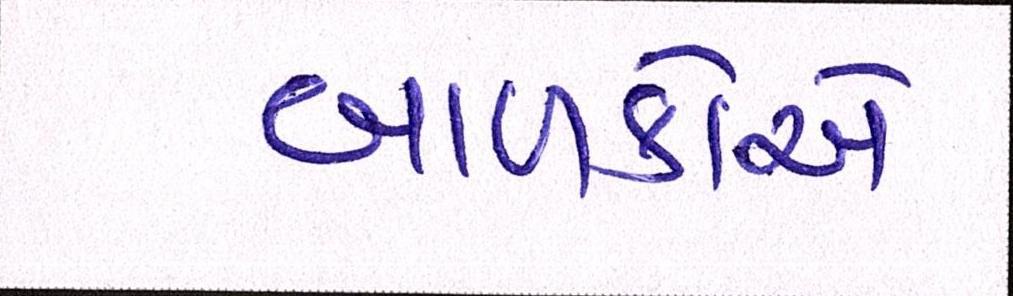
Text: બાળકોએ